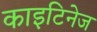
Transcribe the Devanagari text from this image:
काइटिनेज